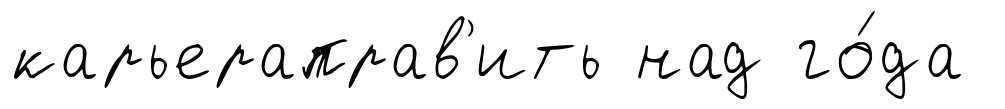
карьераправ'ить над го́да